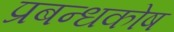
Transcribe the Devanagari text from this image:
प्रबन्धकोष